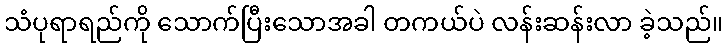
သံပုရာရည်ကို သောက်ပြီးသောအခါ တကယ်ပဲ လန်းဆန်းလာ ခဲ့သည်။